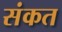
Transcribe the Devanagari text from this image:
संकत